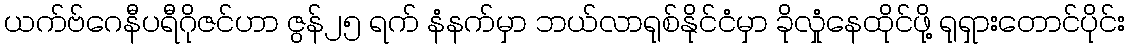
ယက်ဗ်ဂေနီပရီဂိုဇင်ဟာ ဇွန်၂၅ ရက် နံနက်မှာ ဘယ်လာရုစ်နိုင်ငံမှာ ခိုလှုံနေထိုင်ဖို့ ရုရှားတောင်ပိုင်း